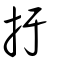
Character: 扜